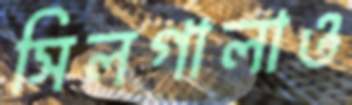
সিলগালাও